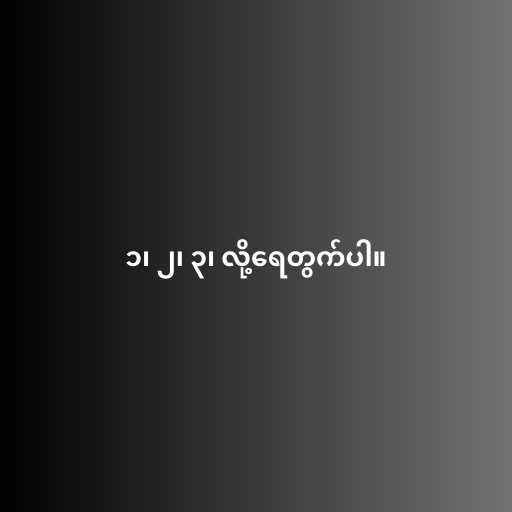
၁၊ ၂၊ ၃၊ လို့ရေတွက်ပါ။